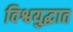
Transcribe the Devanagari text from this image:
विश्वयुद्धात